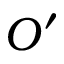
O ^ { \prime }